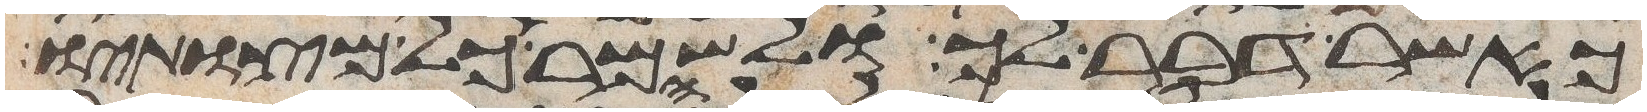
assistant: כאשר דבר לך ולשמר כל מצותיו